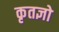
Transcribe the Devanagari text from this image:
कृतज्ञो